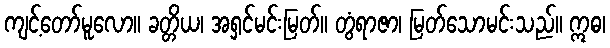
ကျင့်တော်မူလော။ ခတ္တိယ၊ အရှင်မင်းမြတ်။ တွံရာဇာ၊ မြတ်သောမင်းသည်။ ဣဓ၊